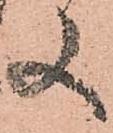
又